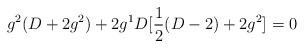
\begin{align*}g^{2}(D+2g^{2})+2g^{1}D[\frac{1}{2}(D-2)+2g^{2}]=0\end{align*}